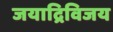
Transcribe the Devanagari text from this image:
जयाद्रिविजय